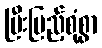
ပြီးပြည့်စုံစွာ